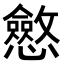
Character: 𭟠